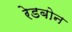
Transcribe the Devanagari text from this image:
रेडबोन